Insane asylums in Bengal annual reports 1867-1875 - 1867-1875
Year: 1867
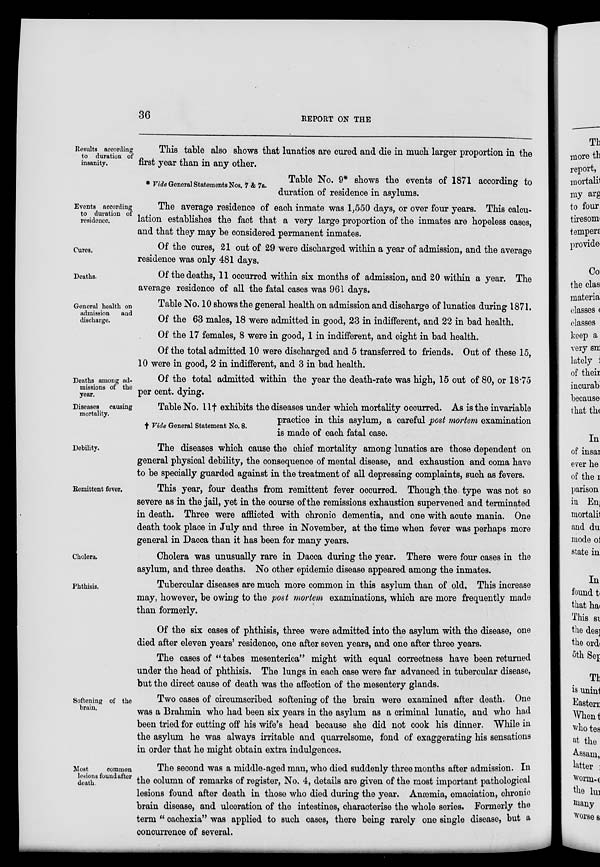
36
REPORT ON THE
Results according
to duration of
insanity.
This table also shows that lunatics are cured and die in much larger proportion in the
first year than in any other.
* Vide General Statements Nos. 7 & 7a.
Table No. 9* shows the events of 1871 according to
duration of residence in asylums.
Events according
to duration of
residence.
The average residence of each inmate was 1,550 days, or over four years. This calcu-
lation establishes the fact that a very large proportion of the inmates are hopeless cases,
and that they may be considered permanent inmates.
Cures.
Of the cures, 21 out of 29 were discharged within a year of admission, and the average
residence was only 481 days.
Deaths.
Of the deaths, 11 occurred within six months of admission, and 20 within a year. The
average residence of all the fatal cases was 961 days.
General health on
admission and
discharge.
Table No. 10 shows the general health on admission and discharge of lunatics during 1871.
Of the 63 males, 18 were admitted in good, 23 in indifferent, and 22 in bad health.
Of the 17 females, 8 were in good, 1 in indifferent, and eight in bad health.
Of the total admitted 10 were discharged and 5 transferred to friends. Out of these 15,
10 were in good, 2 in indifferent, and 3 in bad health.
Deaths among ad-
missions of the
year.
Of the total admitted within the year the death-rate was high, 15 out of 80, or 18.75
per cent. dying.
Diseases causing
mortality.
† Vide General Statement No. 8.
Table No. 11† exhibits the diseases under which mortality occurred. As is the invariable
practice in this asylum, a careful post mortem examination
is made of each fatal case.
Debility.
The diseases which cause the chief mortality among lunatics are those dependent on
general physical debility, the consequence of mental disease, and exhaustion and coma have
to be specially guarded against in the treatment of all depressing complaints, such as fevers.
Remittent fever.
This year, four deaths from remittent fever occurred. Though the type was not so
severe as in the jail, yet in the course of the remissions exhaustion supervened and terminated
in death. Three were afflicted with chronic dementia, and one with acute mania. One
death took place in July and three in November, at the time when fever was perhaps more
general in Dacca than it has been for many years.
Cholera.
Cholera was unusually rare in Dacca during the year. There were four cases in the
asylum, and three deaths. No other epidemic disease appeared among the inmates.
Phthisis.
Tubercular diseases are much more common in this asylum than of old. This increase
may, however, be owing to the post mortem examinations, which are more frequently made
than formerly.
Of the six cases of phthisis, three were admitted into the asylum with the disease, one
died after eleven years' residence, one after seven years, and one after three years.
The cases of " tabes mesenterica" might with equal correctness have been returned
under the head of phthisis. The lungs in each case were far advanced in tubercular disease,
but the direct cause of death was the affection of the mesentery glands.
Softening of the
brain.
Two cases of circumscribed softening of the brain were examined after death. One
was a Brahmin who had been six years in the asylum as a criminal lunatic, and who had
been tried for cutting off his wife's head because she did not cook his dinner. While in
the asylum he was always irritable and quarrelsome, fond of exaggerating his sensations
in order that he might obtain extra indulgences.
Most
common
lesions found after
death.
The second was a middle-aged man, who died suddenly three months after admission. In
the column of remarks of register, No. 4, details are given of the most important pathological
lesions found after death in those who died during the year. Anæmia, emaciation, chronic
brain disease, and ulceration of the intestines, characterise the whole series. Formerly the
term " cachexia" was applied to such cases, there being rarely one single disease, but a
concurrence of several.